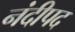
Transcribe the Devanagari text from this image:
नंदीपद